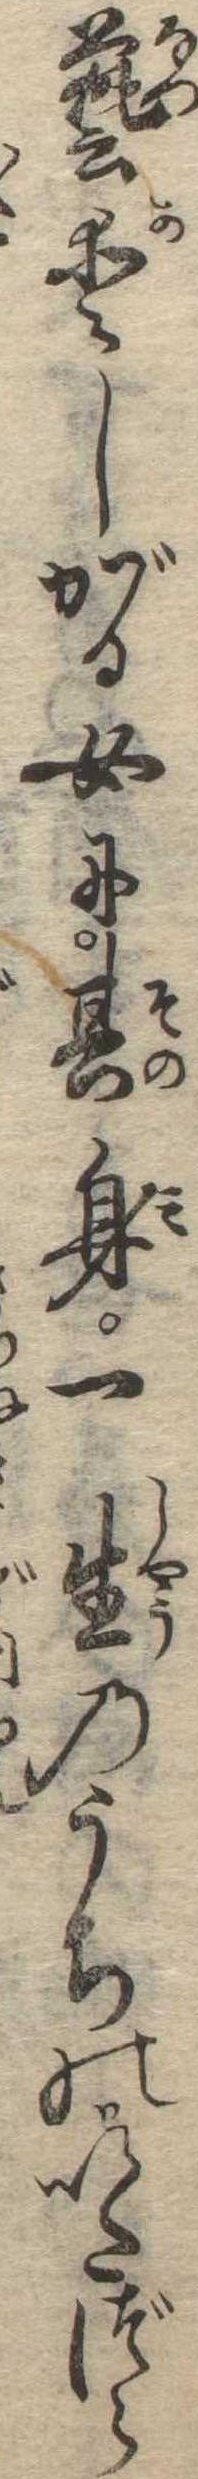
芸愛しがる女に其身一生のうちのいたづら